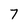
Character: 7